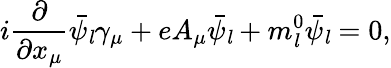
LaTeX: i{\frac{\partial}{\partial x_{\mu}}}\bar{\psi_{\mathit l}}\gamma_{\mu}+eA_{\mu}\bar{\psi_{\mathit l}}+m_{\mathit l}^{0}\bar{\psi_{\mathit l}}=0,